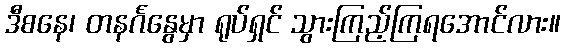
ဒီစနေ၊ တနင်္ဂနွေမှာ ရုပ်ရှင် သွားကြည့်ကြရအောင်လား။